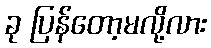
ခု ပြန်တော့မလို့လား